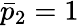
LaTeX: \bar{p}_{2}=1